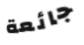
جائعة